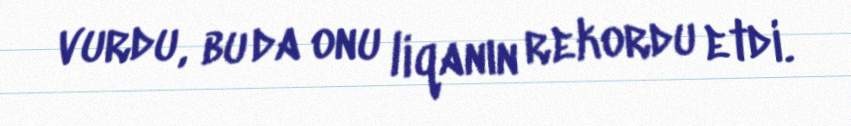
vurdu, bu da onu liqanın rekordu etdi.